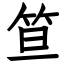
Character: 笪